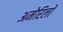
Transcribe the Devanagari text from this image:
अमेरिलो